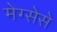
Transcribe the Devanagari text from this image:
मेग्सेसे